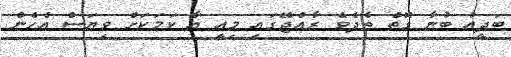
ބަދީއު ބުނާ ގޮތް ތެދެވެ ރާއްޖޭގައި މިއީ އާ ކަމަކަށް ވިޔަސް އެހެން